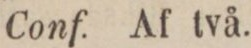
Conf. Af två.